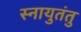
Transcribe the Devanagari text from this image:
स्नायुतंतु